Document type: Sale
Year: 1275
Scribe: Salvador de Baiona
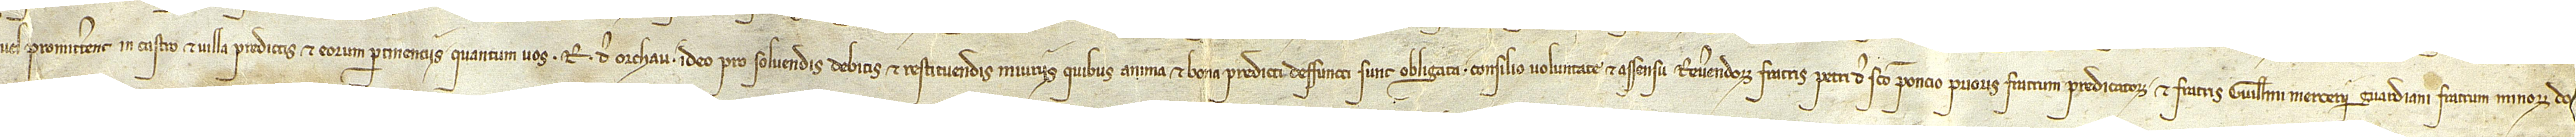
vel promitterent in castro et villa predictis et eorum pertinenciis quantum vos R. De Orchau, ideo pro solvendis debitis et restituendis iniuriis quibus anima et bona predicti deffuncti sunt obligata, consilio, voluntate et assensu reverendorum fratris Petri de Sancto Poncio, prioris fratrum predicatorum, et fratris Guillelmi Mercerii, guardiani fratrum minorum, do-